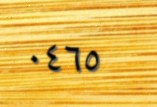
٠٤٦٥